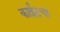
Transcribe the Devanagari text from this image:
काईटचा